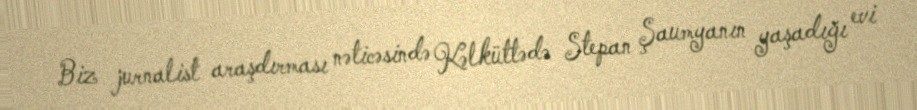
Biz jurnalist araşdırması nəticəsində Kəlküttədə Stepan Şaumyanın yaşadığı evi